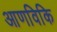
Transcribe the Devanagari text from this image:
आणविकि